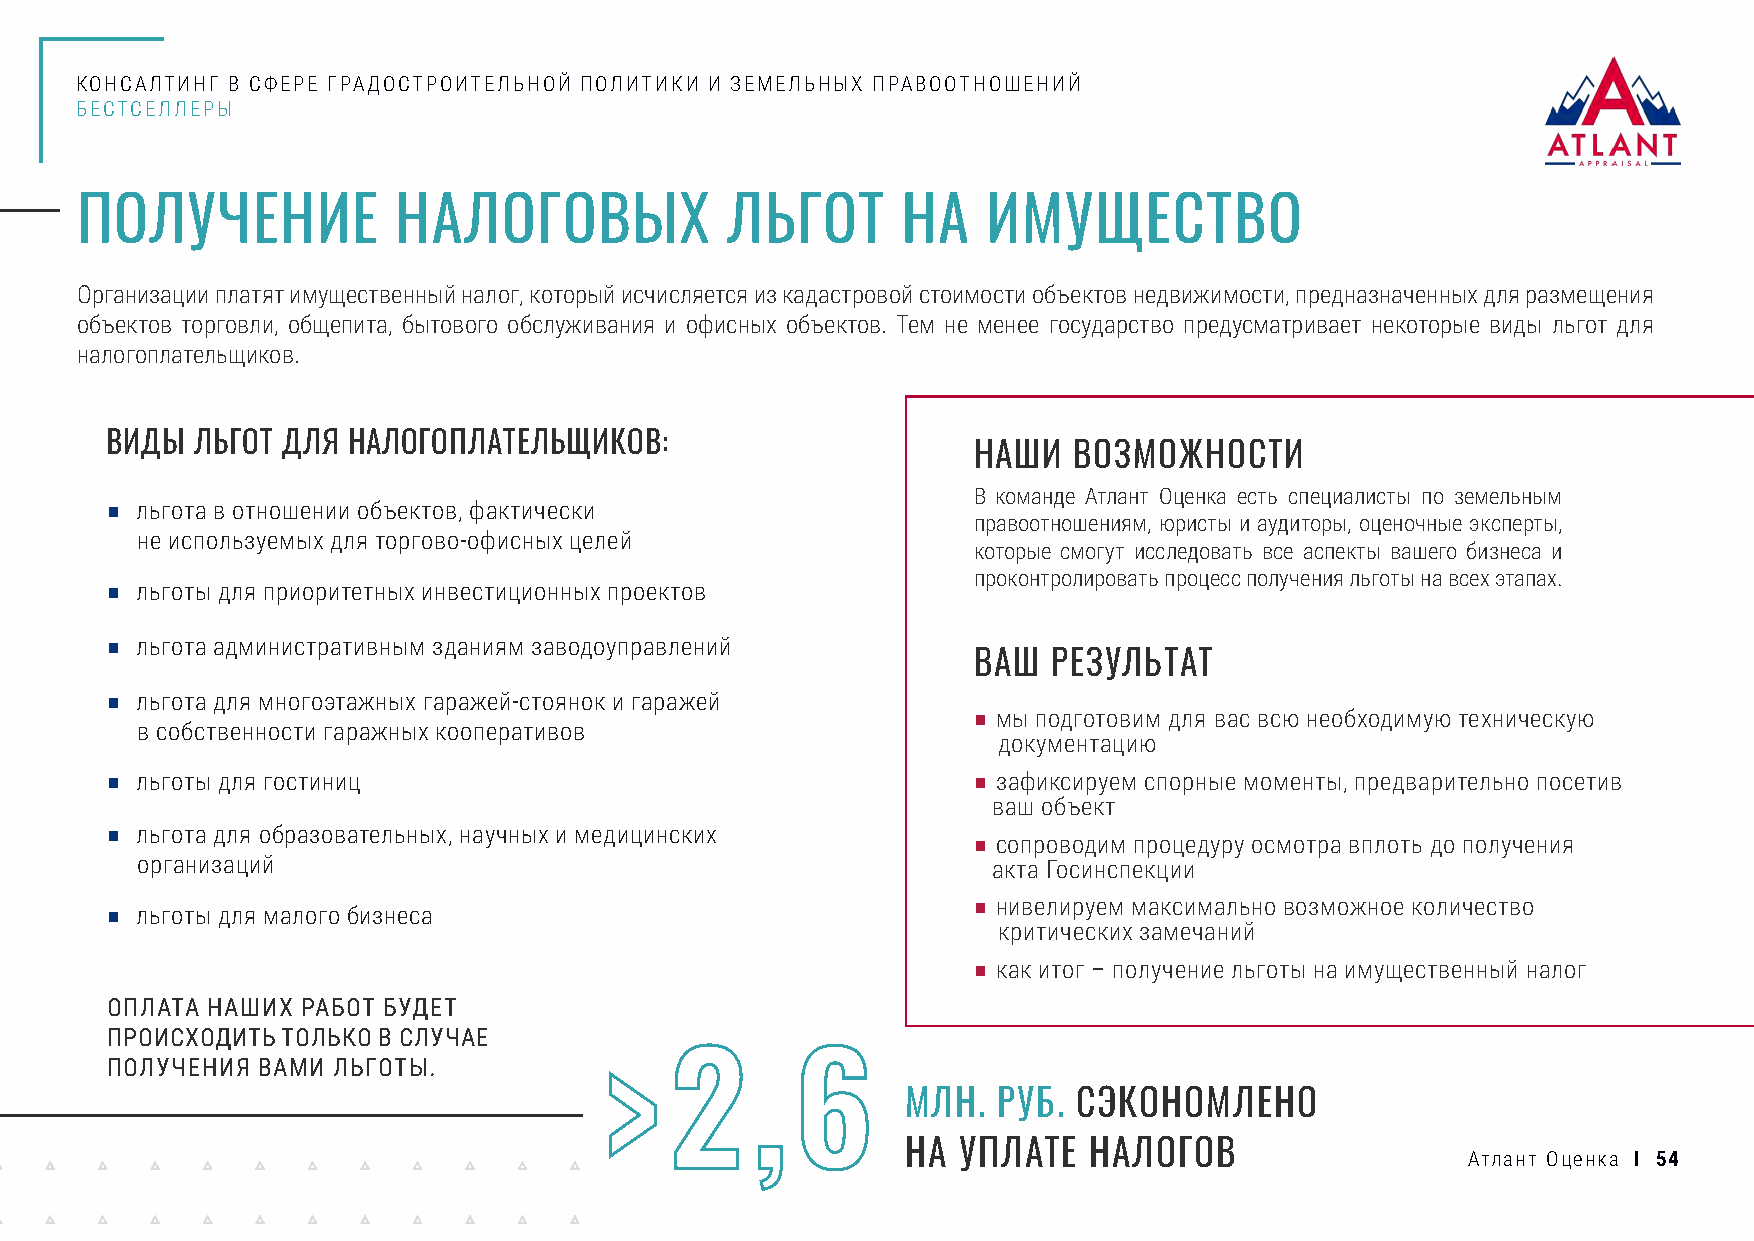
КОНСАЛТИНГ В СФЕРЕ ГРАДОСТРОИТЕЛЬНОЙ ПОЛИТИКИ И ЗЕМЕЛЬНЫХ ПРАВООТНОШЕНИЙ
 БЕСТСЕЛЛЕРЫ
 ПОЛУЧЕНИЕ            НАЛОГОВЫХ             ЛЬГОТ       НА   ИМУЩЕСТВО
 Организации платят имущественный налог, который исчисляется из кадастровой стоимости объектов недвижимости, предназначенных для размещения
 объектов торговли, общепита, бытового обслуживания и офисных объектов. Тем не менее государство предусматривает некоторые виды льгот для
 налогоплательщиков.
 ВИДЫ  ЛЬГОТ ДЛЯ НАЛОГОПЛАТЕЛЬЩИКОВ:
 НАШИ   ВОЗМОЖНОСТИ
 В команде Атлант Оценка есть специалисты по земельным
 ■ льгота в отношении объектов, фактически
 правоотношениям, юристы и аудиторы, оценочные эксперты,
 не используемых для торгово-офисных целей
 которые смогут исследовать все аспекты вашего бизнеса и
 проконтролировать процесс получения льготы на всех этапах.
 ■ льготы для приоритетных инвестиционных проектов
 ■ льгота административным зданиям заводоуправлений
 ВАШ   РЕЗУЛЬТАТ
 ■ льгота для многоэтажных гаражей-стоянок и гаражей
 ■ мы подготовим для вас всю необходимую техническую
 в собственности гаражных кооперативов
 документацию
 ■ льготы для гостиниц                                    ■ зафиксируем спорные моменты, предварительно посетив
 ваш объект
 ■ льгота для образовательных, научных и медицинских
 ■ сопроводим процедуру осмотра вплоть до получения
 организаций                                              акта Госинспекции
 ■ нивелируем максимально возможное количество
 ■ льготы для малого бизнеса
 критических замечаний
 ■ как итог – получение льготы на имущественный налог
 ОПЛАТА НАШИХ РАБОТ БУДЕТ
 ПРОИСХОДИТЬ ТОЛЬКО В СЛУЧАЕ
 ПОЛУЧЕНИЯ ВАМИ ЛЬГОТЫ.
 >   2     ,  6
 МЛН.  РУБ. СЭКОНОМЛЕНО
 НА УПЛАТЕ   НАЛОГОВ
 Атлант Оценка I 54